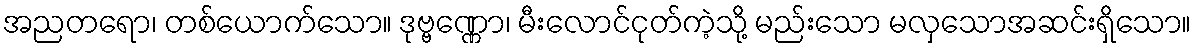
အညတရော၊ တစ်ယောက်သော။ ဒုဗ္ဗဏ္ဏော၊ မီးလောင်ငုတ်ကဲ့သို့ မည်းသော မလှသောအဆင်းရှိသော။